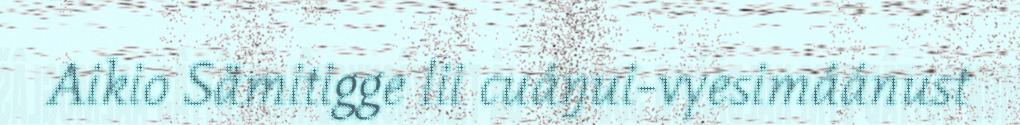
Aikio Sämitigge lii cuáŋui-vyesimáánust